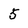
Character: 5